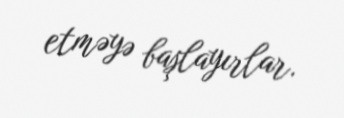
etməyə başlayırlar.